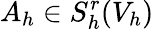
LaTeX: A_{h}\in S_{h}^{r}(V_{h})